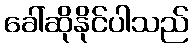
ခေါ်ဆိုနိုင်ပါသည်